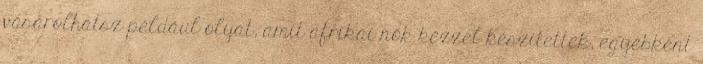
vásárolhatsz például olyat, amit afrikai nők kézzel készítettek, egyébként